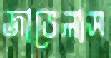
জাভেলাস